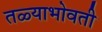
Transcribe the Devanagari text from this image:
तळ्याभोवती